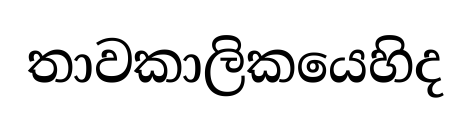
තාවකාලිකයෙහිද